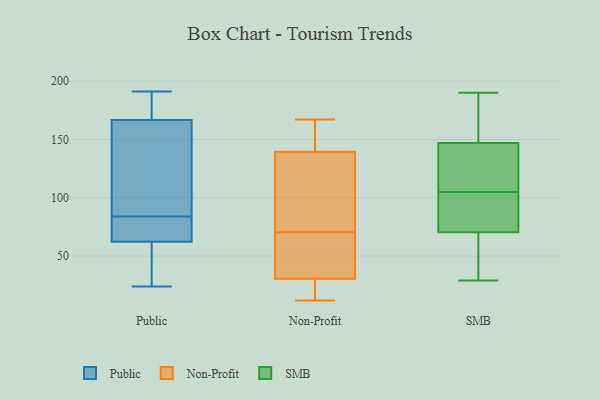
{"axis": {"x": "Waste Production (Tons)", "y": "Value"}, "legend": ["Non-Profit", "Public", "SMB"], "data": [{"x": "", "y": 74, "type": "Public"}, {"x": "", "y": 66, "type": "Public"}, {"x": "", "y": 64, "type": "Public"}, {"x": "", "y": 106, "type": "Public"}, {"x": "", "y": 24, "type": "Public"}, {"x": "", "y": 191, "type": "Public"}, {"x": "", "y": 121, "type": "Public"}, {"x": "", "y": 84, "type": "Public"}, {"x": "", "y": 169, "type": "Public"}, {"x": "", "y": 170, "type": "Public"}, {"x": "", "y": 132, "type": "Public"}, {"x": "", "y": 31, "type": "Public"}, {"x": "", "y": 54, "type": "Public"}, {"x": "", "y": 57, "type": "Public"}, {"x": "", "y": 82, "type": "Public"}, {"x": "", "y": 180, "type": "Public"}, {"x": "", "y": 166, "type": "Public"}, {"x": "", "y": 71, "type": "Non-Profit"}, {"x": "", "y": 137, "type": "Non-Profit"}, {"x": "", "y": 29, "type": "Non-Profit"}, {"x": "", "y": 45, "type": "Non-Profit"}, {"x": "", "y": 82, "type": "Non-Profit"}, {"x": "", "y": 70, "type": "Non-Profit"}, {"x": "", "y": 28, "type": "Non-Profit"}, {"x": "", "y": 32, "type": "Non-Profit"}, {"x": "", "y": 167, "type": "Non-Profit"}, {"x": "", "y": 158, "type": "Non-Profit"}, {"x": "", "y": 142, "type": "Non-Profit"}, {"x": "", "y": 12, "type": "Non-Profit"}, {"x": "", "y": 179, "type": "SMB"}, {"x": "", "y": 106, "type": "SMB"}, {"x": "", "y": 81, "type": "SMB"}, {"x": "", "y": 104, "type": "SMB"}, {"x": "", "y": 94, "type": "SMB"}, {"x": "", "y": 130, "type": "SMB"}, {"x": "", "y": 52, "type": "SMB"}, {"x": "", "y": 154, "type": "SMB"}, {"x": "", "y": 29, "type": "SMB"}, {"x": "", "y": 187, "type": "SMB"}, {"x": "", "y": 153, "type": "SMB"}, {"x": "", "y": 62, "type": "SMB"}, {"x": "", "y": 132, "type": "SMB"}, {"x": "", "y": 72, "type": "SMB"}, {"x": "", "y": 190, "type": "SMB"}, {"x": "", "y": 133, "type": "SMB"}, {"x": "", "y": 141, "type": "SMB"}, {"x": "", "y": 65, "type": "SMB"}, {"x": "", "y": 102, "type": "SMB"}, {"x": "", "y": 69, "type": "SMB"}]}